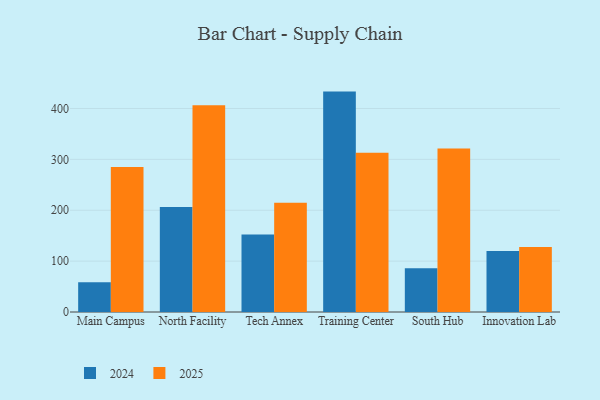
{"axis": {"x": "Campus", "y": "Temperature (°C)"}, "legend": ["2024", "2025"], "data": [{"x": "Main Campus", "y": 58.3, "type": "2024"}, {"x": "Main Campus", "y": 285.0, "type": "2025"}, {"x": "North Facility", "y": 206.2, "type": "2024"}, {"x": "North Facility", "y": 406.2, "type": "2025"}, {"x": "Tech Annex", "y": 152.4, "type": "2024"}, {"x": "Tech Annex", "y": 214.8, "type": "2025"}, {"x": "Training Center", "y": 433.2, "type": "2024"}, {"x": "Training Center", "y": 312.9, "type": "2025"}, {"x": "South Hub", "y": 86.2, "type": "2024"}, {"x": "South Hub", "y": 321.5, "type": "2025"}, {"x": "Innovation Lab", "y": 119.9, "type": "2024"}, {"x": "Innovation Lab", "y": 127.7, "type": "2025"}]}